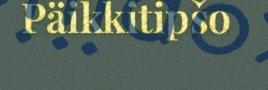
Päikkitipšo